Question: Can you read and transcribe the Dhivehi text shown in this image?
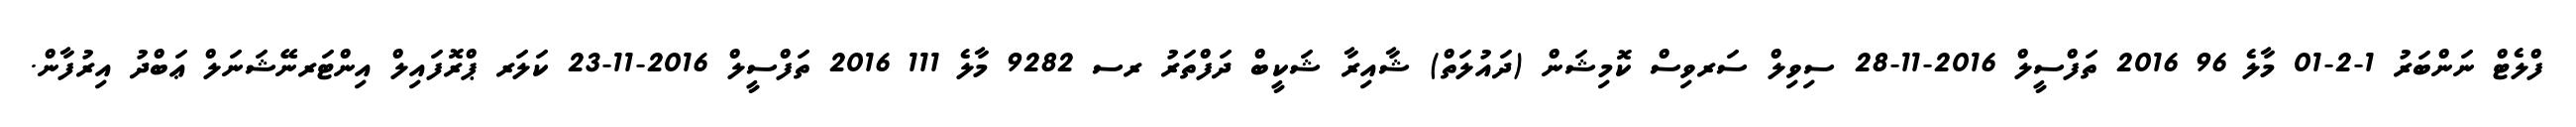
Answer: ފްލެޓް ނަންބަރު 1-2-01 މާލެ 96 2016 ތަފްސީލް 2016-11-28 ސިވިލް ސަރވިސް ކޮމިޝަން (ދައުލަތް) ޝާއިރާ ޝަކީބް ދަފްތަރު ރސ 9282 މާލެ 111 2016 ތަފްސީލް 2016-11-23 ކަލަރ ޕްރޮފައިލް އިންޓަރނޭޝަނަލް ޢަބްދު އިރުފާން.